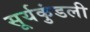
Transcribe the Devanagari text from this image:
सूर्यकुंडली